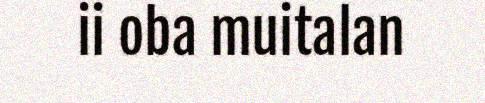
ii oba muitalan